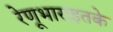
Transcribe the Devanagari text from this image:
रेणूभाराइतके